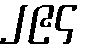
၂၉၄